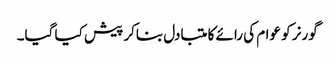
گورنر کو عوام کی رائے کا متبادل بناکر پیش کیا گیا۔